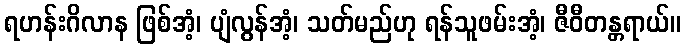
ရဟန်းဂိလာန ဖြစ်အံ့၊ ပျံလွန်အံ့၊ သတ်မည်ဟု ရန်သူဖမ်းအံ့၊ ဇီဝီတန္တရာယ်။